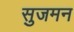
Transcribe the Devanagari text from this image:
सुजमन